Lock hospitals Punjab
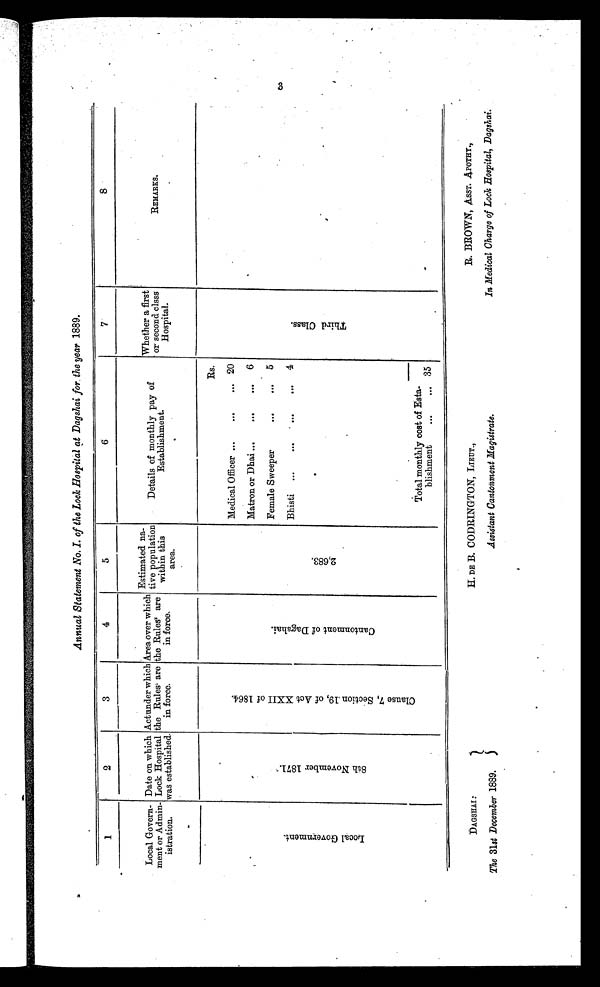
DAGSHAI
The 31st December 1889.
H. DE B. CODRINGTON, LIEUT.,
Assistant Cantonment Magistrate.
R. BROWN, ASST. APOTHY.,
In Medical Charge of Lock Hospital, Dagshai.
Annual Statement
of the Lock Hospital at Dagshai for the year 1889.
1
2
3
4
5
6
7
8
Local Govern-
ment or Admin-
istration.
Date on which
Lock Hospital
was established.
Actunder which
the Rules are
in force.
Area over which
the Rules are
in force.
Estimated na-
tive population
within this
area.
Details of monthly pay of
Establishment.
Whether a first
or second Class
Hospital.
REMARKS.
L o c a l G o v e r n m e n t .
8 t h N o v e m b e r 1 8 7 1 .
C l a s s 7 , S e c t i o n 1 9 , o f A c t X X I I o f 1 8 6 4 .
C a n t o n m e n t o f D a g s h a i .
2 , 6 8 3 ,
Rs.
T h i r d C l a s s .
.
.
Medical Officer
.... ...
20
Matron or Dhai
... ...
6
Female Sweeper
...
...
5
Bhisti
... ...
4
.
Total monthly cost of Esta
blishment
35
3